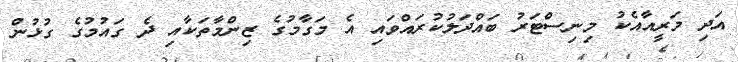
އަދި މަރީއާއެކު މިނިސްޓަރު ބައްދަލުކުރައްވައި އެ މަގާމުގެ ޒިންމާތަކާއި ދެ ގައުމުގެ ގުޅުން